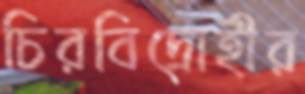
চিরবিদ্রোহীর